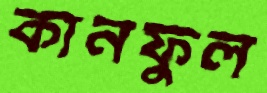
কানফুল